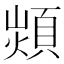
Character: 𩓈